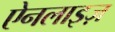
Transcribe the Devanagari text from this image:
ऐनलाइज़